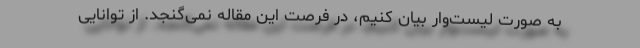
به صورت لیست‌وار بیان کنیم، در فرصت این مقاله نمی‌گنجد. از توانایی